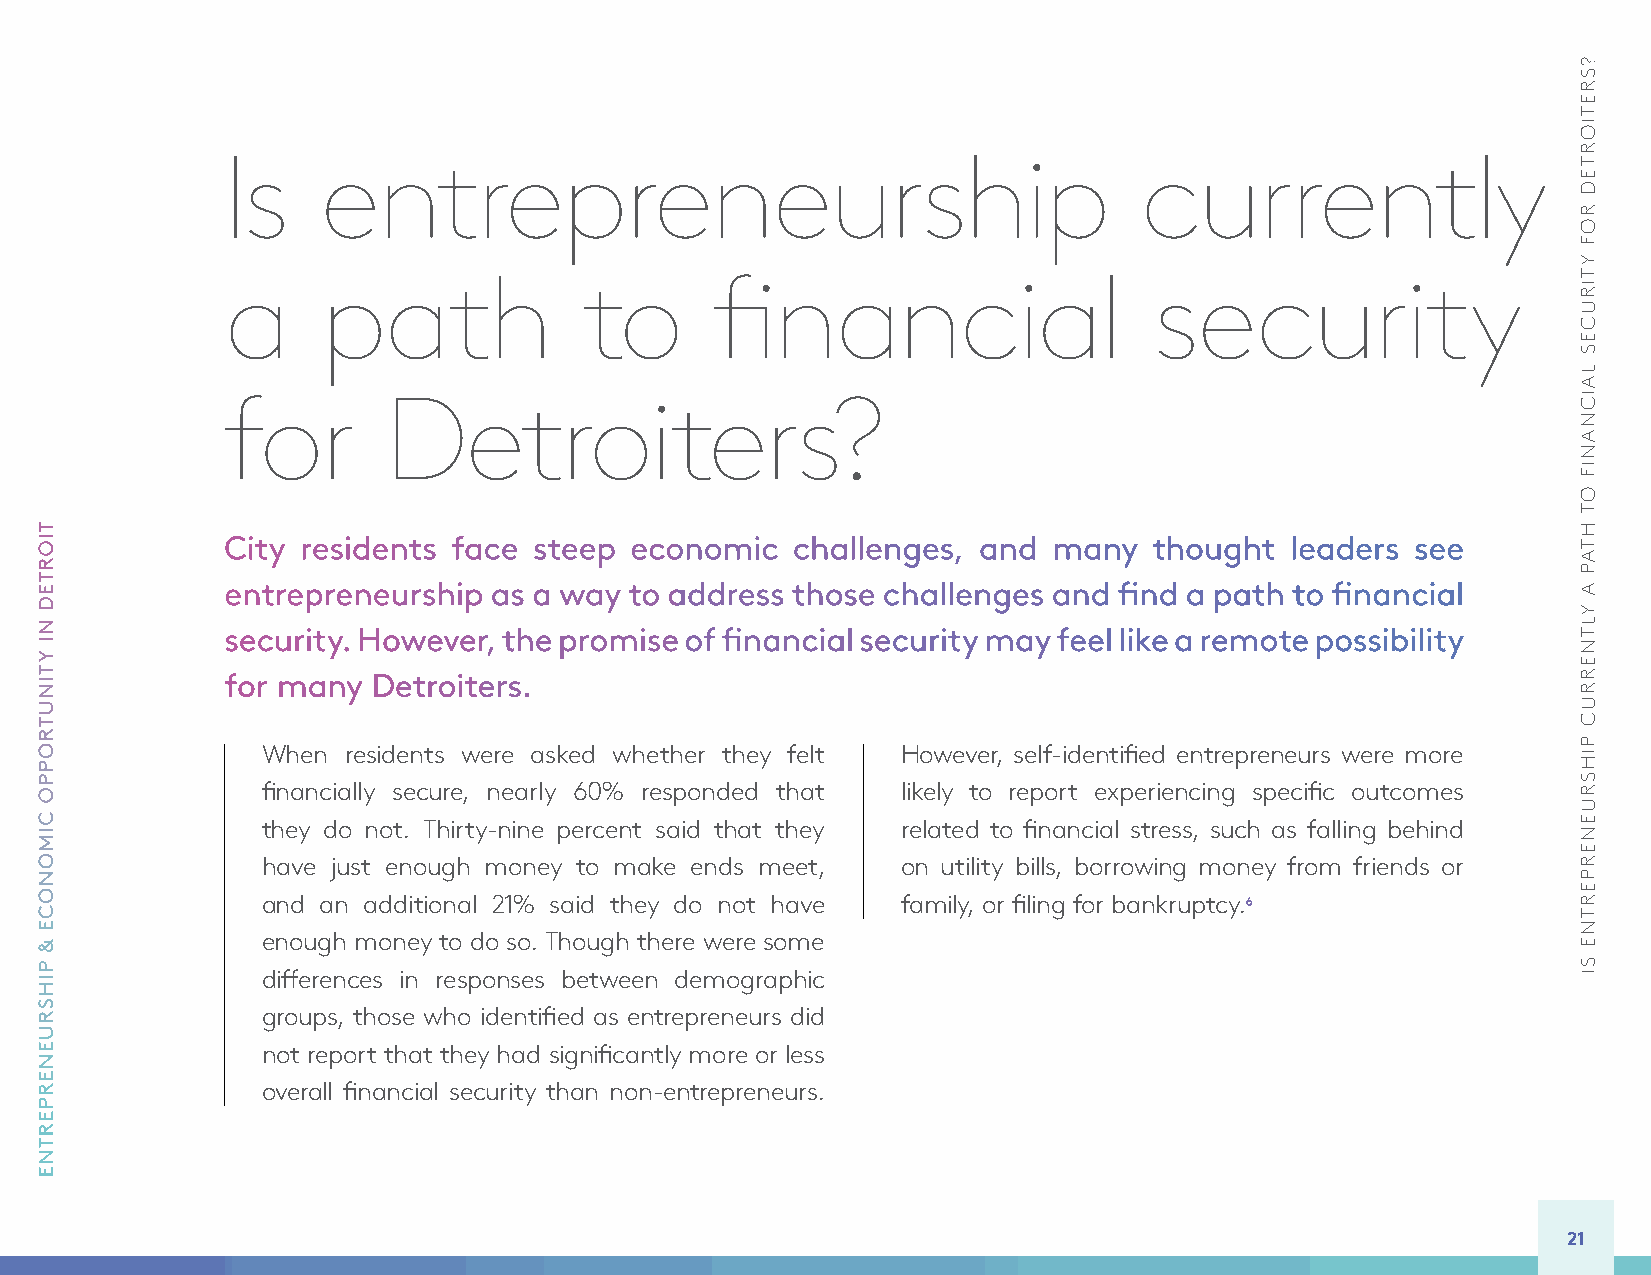
Is    entrepreneurship                                      currently
 a     path              to      financial                    security
 for        Detroiters?
 City residents face steep  economic  challenges,  and  many  thought  leaders  see
 entrepreneurship as a way  to address those challenges and find a path to financial
 security. However, the promise of financial security may feel like a remote possibility
 for many  Detroiters.
 When  residents were asked whether they felt However, self-identified entrepreneurs were more
 financially secure, nearly 60% responded that likely to report experiencing specific outcomes
 they do not. Thirty-nine percent said that they related to financial stress, such as falling behind
 have just enough money to make ends meet,  on utility bills, borrowing money from friends or
 and an additional 21% said they do not have family, or filing for bankruptcy.6
 enough money to do so. Though there were some
 differences in responses between demographic
 groups, those who identified as entrepreneurs did
 not report that they had significantly more or less
 overall financial security than non-entrepreneurs.
 21
 TIORTED
 NI
 YTINUTROPPO
 CIMONOCE
 &
 PIHSRUENERPERTNE
 ?SRETIORTED
 ROF
 YTIRUCES
 LAICNANIF
 OT
 HTAP
 A
 YLTNERRUC
 PIHSRUENERPERTNE
 SI